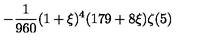
\displaystyle - \frac { 1 } { 9 6 0 } ( 1 + \xi ) ^ { 4 } ( 1 7 9 + 8 \xi ) \zeta ( 5 )